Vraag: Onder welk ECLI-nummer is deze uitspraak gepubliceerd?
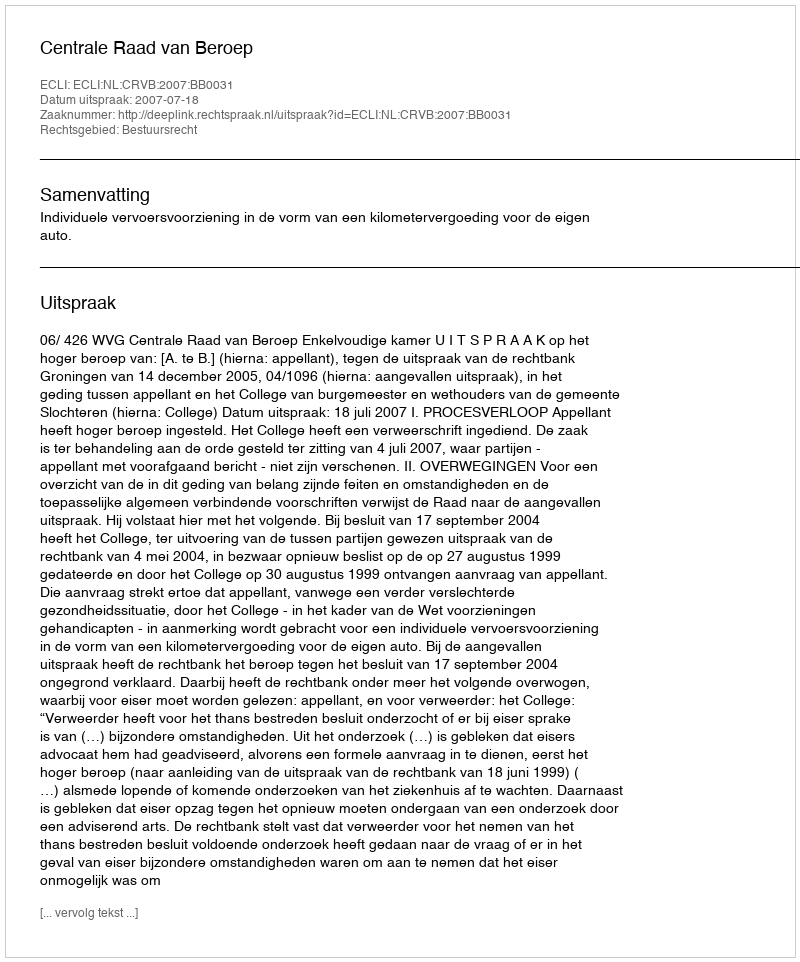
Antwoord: ECLI:NL:CRVB:2007:BB0031